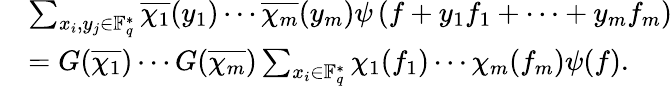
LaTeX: \begin{array}{rl}&{\sum_{x_{i},y_{j}\in\mathbb{F}_{q}^{*}}\overline{{\chi_{1}}}(y_{1})\cdots\overline{{\chi_{m}}}(y_{m})\psi\left(f+y_{1}f_{1}+\cdots+y_{m}f_{m}\right)}\\ &{=G(\overline{{\chi_{1}}})\cdots G(\overline{{\chi_{m}}})\sum_{x_{i}\in\mathbb{F}_{q}^{*}}\chi_{1}(f_{1})\cdots\chi_{m}(f_{m})\psi(f).}\end{array}